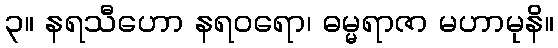
၃။ နရသီဟော နရဝရော၊ ဓမ္မရာဇာ မဟာမုနိ။